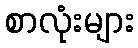
စာလုံးများ